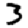
Digit: 3